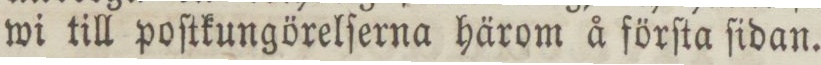
wi till poſtkungörelſerna härom å förſta ſidan.